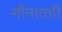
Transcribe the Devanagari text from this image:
मौनातही